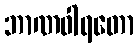
ဘာဏဝါရတော